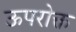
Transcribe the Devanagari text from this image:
ऊपरोक्त